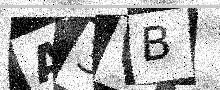
Text: A3VB